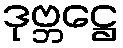
ဒုဗ္ဘဋ္ဌေ